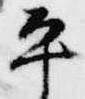
平